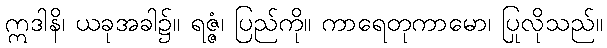
ဣဒါနိ၊ ယခုအခါ၌။ ရဇ္ဇံ၊ ပြည်ကို။ ကာရေတုကာမော၊ ပြုလိုသည်။